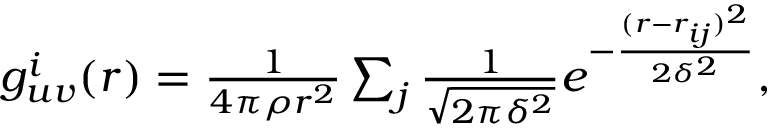
\begin{array} { r } { g _ { u v } ^ { i } ( r ) = \frac { 1 } { 4 \pi \rho r ^ { 2 } } \sum _ { j } \frac { 1 } { \sqrt { 2 \pi \delta ^ { 2 } } } e ^ { - \frac { ( r - r _ { i j } ) ^ { 2 } } { 2 \delta ^ { 2 } } } , } \end{array}